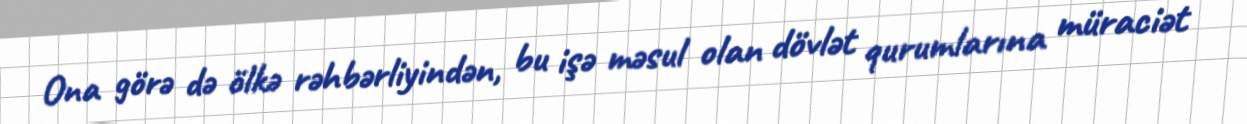
Ona görə də ölkə rəhbərliyindən, bu işə məsul olan dövlət qurumlarına müraciət